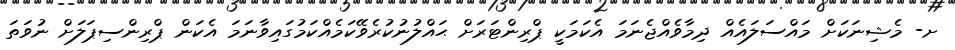
ށ- މެޝިނަކަށް މައްސަލައެއް ދިމާވެއްޖެނަމަ އެކަމަކީ ޕްރިންޓަރަށް ޙައްލުނުކުރެވޭކަމެއްކަމުގައިވާނަމަ އެކަން ޕްރިންސިޕަލަށް ނުވަތަ